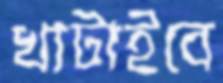
খাটাইবে